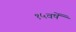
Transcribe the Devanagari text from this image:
१५वर्षे